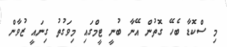
މި ސްކޮޑާ ބެހޭ ގޮތުން އޭނާ ބުނީ ޓީމްގައި މިވަގުތު ގިނައީ ޒުވާން